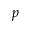
p